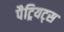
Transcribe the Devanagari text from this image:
पैट्रियट्स